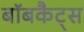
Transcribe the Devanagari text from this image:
बॉबकैट्स